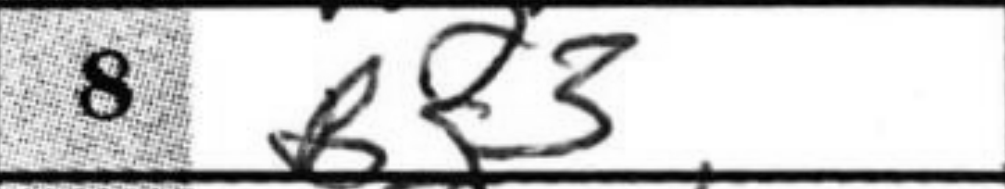
Transcription: Bf3